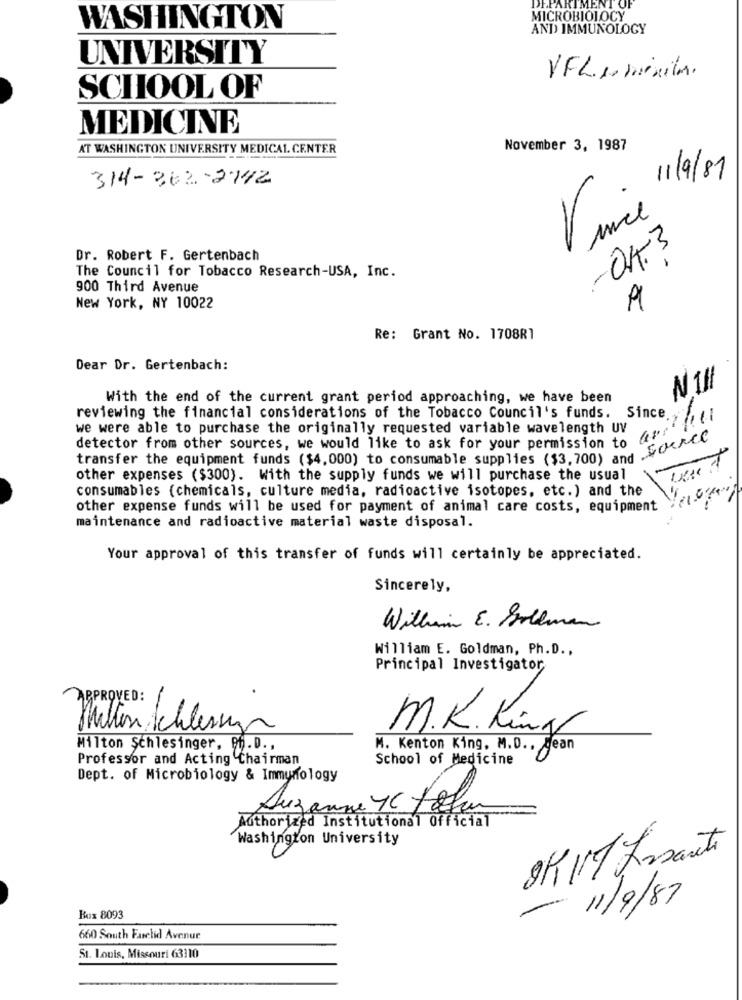
DEPARTMENT OF
MICROBIOLOGY
WASHINGTON
AND IMMUNOLOGY
UNIVERSITY
VFL1. minita.
SCHOOL OF
MEDICINE
AT WASHINGTON UNIVERSITY MEDICAL CENTER
November 3, 1987
314-362-2142
11/9/81
Vivie
-04-3
Dr. Robert F. Gertenbach
The Council for Tobacco Research-USA, Inc.
900 Third Avenue
New York, NY 10022
Re: Grant No. 1708R1
Dear Dr. Gertenbach:
With the end of the current grant period approaching, we have been
reviewing the financial considerations of the Tobacco Council's funds. Since.
we were able to purchase the originally requested variable wavelength UV
detector from other sources, we would like to ask for your permission to
transfer the equipment funds ($4,000) to consumable supplies ($3, 700) and SOUR
other expenses ($300). With the supply funds we will purchase the usual
consumables (chemicals, culture media, radioactive isotopes, etc.) and the
other expense funds will be used for payment of animal care costs, equipment
maintenance and radioactive material waste disposal.
Your approval of this transfer of funds will certainly be appreciated.
Sincerely,
William E. Goldman
William E. Goldman, Ph.D .,
Principal Investigator
APPROVED:
Mitten Schlessign
M.K. King
Milton Schlesinger, Ph.D .,
M. Kenton King, M.D ., gean
Professor and Acting Chairman
School of Medicine
Dept. of Microbiology & Immunology
Janne 4 foto
=
Authorized Institutional Official
Washington University
11/9/87
-
Box 8093
660 South Farelid Avenue
St. Louis, Missouri 63110